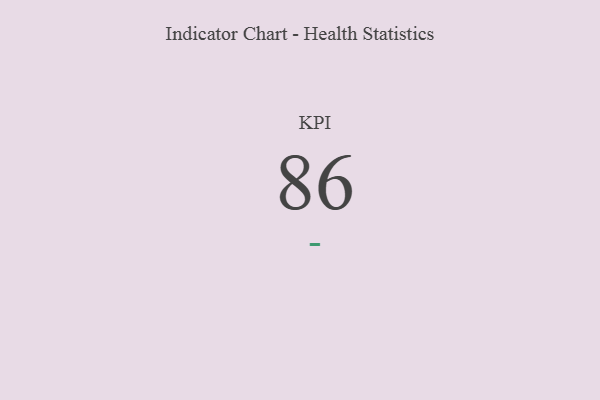
{"axis": {"x": "KPI", "y": "Value"}, "legend": [""], "data": [{"x": "KPI", "y": 86, "type": ""}]}